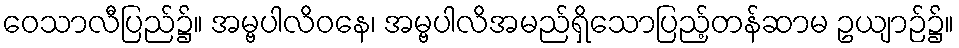
ဝေသာလီပြည်၌။ အမ္ဗပါလိဝနေ၊ အမ္ဗပါလိအမည်ရှိသောပြည့်တန်ဆာမ ဥယျာဉ်၌။